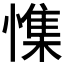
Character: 𰒎